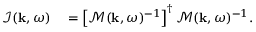
\begin{array} { r l } { \mathcal { I } ( { \bf k } , \omega ) } & { { } = \left[ \mathcal { M } ( { \bf k } , \omega ) ^ { - 1 } \right] ^ { \dagger } \mathcal { M } ( { \bf k } , \omega ) ^ { - 1 } . } \end{array}